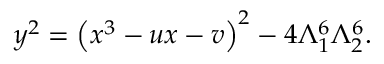
y ^ { 2 } = \left( x ^ { 3 } - u x - v \right) ^ { 2 } - 4 \Lambda _ { 1 } ^ { 6 } \Lambda _ { 2 } ^ { 6 } .